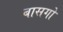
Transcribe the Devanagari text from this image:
बासगो